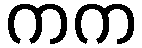
ကက